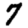
Digit: 7